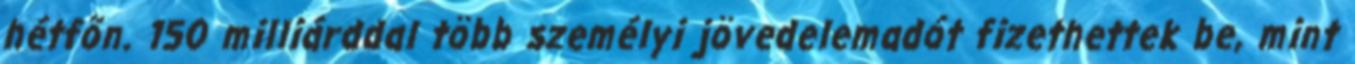
hétfőn. 150 milliárddal több személyi jövedelemadót fizethettek be, mint